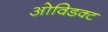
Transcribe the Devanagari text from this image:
ओविडक्ट